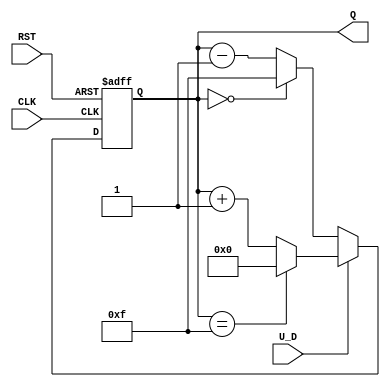
module up_down_counter (
    input wire CLK,        // Clock signal
    input wire RST,        // Asynchronous reset
    input wire U_D,        // Up/Down control signal
    output reg [3:0] Q     // 4-bit count output
);

// Asynchronous reset with synchronous counting
always @(posedge CLK or posedge RST) begin
    if (RST) begin
        Q <= 4'b0000;      // Reset the counter to 0
    end else begin
        if (U_D) begin
            // Count Up
            if (Q == 4'b1111)   // Check for maximum count
                Q <= 4'b0000;   // Wrap around to 0
            else
                Q <= Q + 1;     // Increment count
        end else begin
            // Count Down
            if (Q == 4'b0000)   // Check for minimum count
                Q <= 4'b1111;   // Wrap around to maximum
            else
                Q <= Q - 1;     // Decrement count
        end
    end
end

endmodule